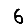
Digit: 6